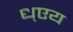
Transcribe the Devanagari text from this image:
ध्एय